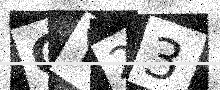
Text: GY23